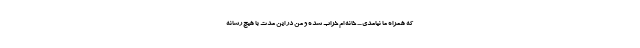
که همراه ما نیامدی .... خانه ام خراب شده و من در این مدت با هیچ رسانه